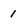
Character: 1